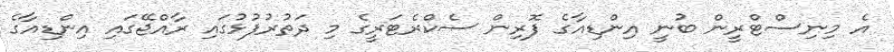
އެ މިނިސްޓްރީން ބުނީ އިންޑިއާގެ ފޮރިން ސެކްރެޓަރީގެ މި ދަތުރުފުޅުގައި ރާއްޖޭގައި އިންޑިއާގެ